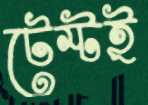
টেস্টই